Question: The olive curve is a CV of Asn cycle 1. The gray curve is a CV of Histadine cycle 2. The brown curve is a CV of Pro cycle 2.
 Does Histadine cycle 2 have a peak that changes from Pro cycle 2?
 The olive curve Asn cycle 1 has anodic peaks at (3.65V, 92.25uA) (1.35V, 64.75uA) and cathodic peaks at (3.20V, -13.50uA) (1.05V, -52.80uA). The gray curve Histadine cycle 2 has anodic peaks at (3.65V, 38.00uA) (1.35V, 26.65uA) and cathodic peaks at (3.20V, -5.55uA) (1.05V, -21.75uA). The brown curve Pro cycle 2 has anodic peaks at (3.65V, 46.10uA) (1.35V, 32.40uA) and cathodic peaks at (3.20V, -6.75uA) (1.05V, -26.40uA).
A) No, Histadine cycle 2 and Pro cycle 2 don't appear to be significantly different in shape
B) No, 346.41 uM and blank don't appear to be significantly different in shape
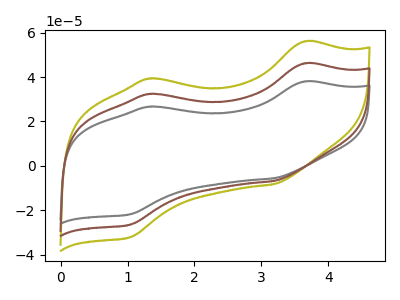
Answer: <think>All the peaks in "Histadine cycle 2" have a peak in "Pro cycle 2" at the same potential. Every peak in "Histadine cycle 2" is lower than every peak in "Pro cycle 2".
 </think>
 <answer>A) No, "Histadine cycle 2" and "Pro cycle 2" don't appear to be significantly different in shape</answer>
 <eval>A</eval>